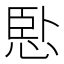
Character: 𢛶